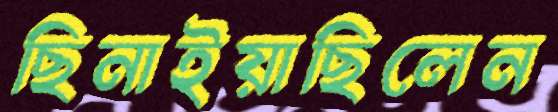
ছিনাইয়াছিলেন